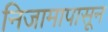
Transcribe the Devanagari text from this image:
निजामापासून